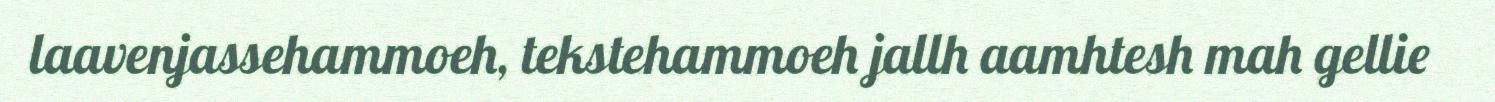
laavenjassehammoeh, tekstehammoeh jallh aamhtesh mah gellie